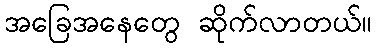
အခြေအနေတွေ ဆိုက်လာတယ်။